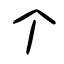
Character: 个